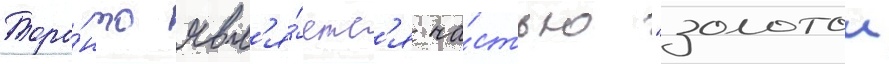
Торо́нто явл'я́етс'я ча́стью "золотои